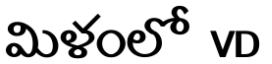
మిళంలో VD